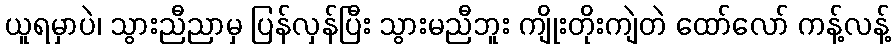
ယူရမှာပဲ၊ သွားညီညာမှ ပြန်လှန်ပြီး သွားမညီဘူး ကျိုးတိုးကျဲတဲ ထော်လော် ကန့်လန့်